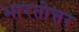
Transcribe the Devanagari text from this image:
भारतोत्तर